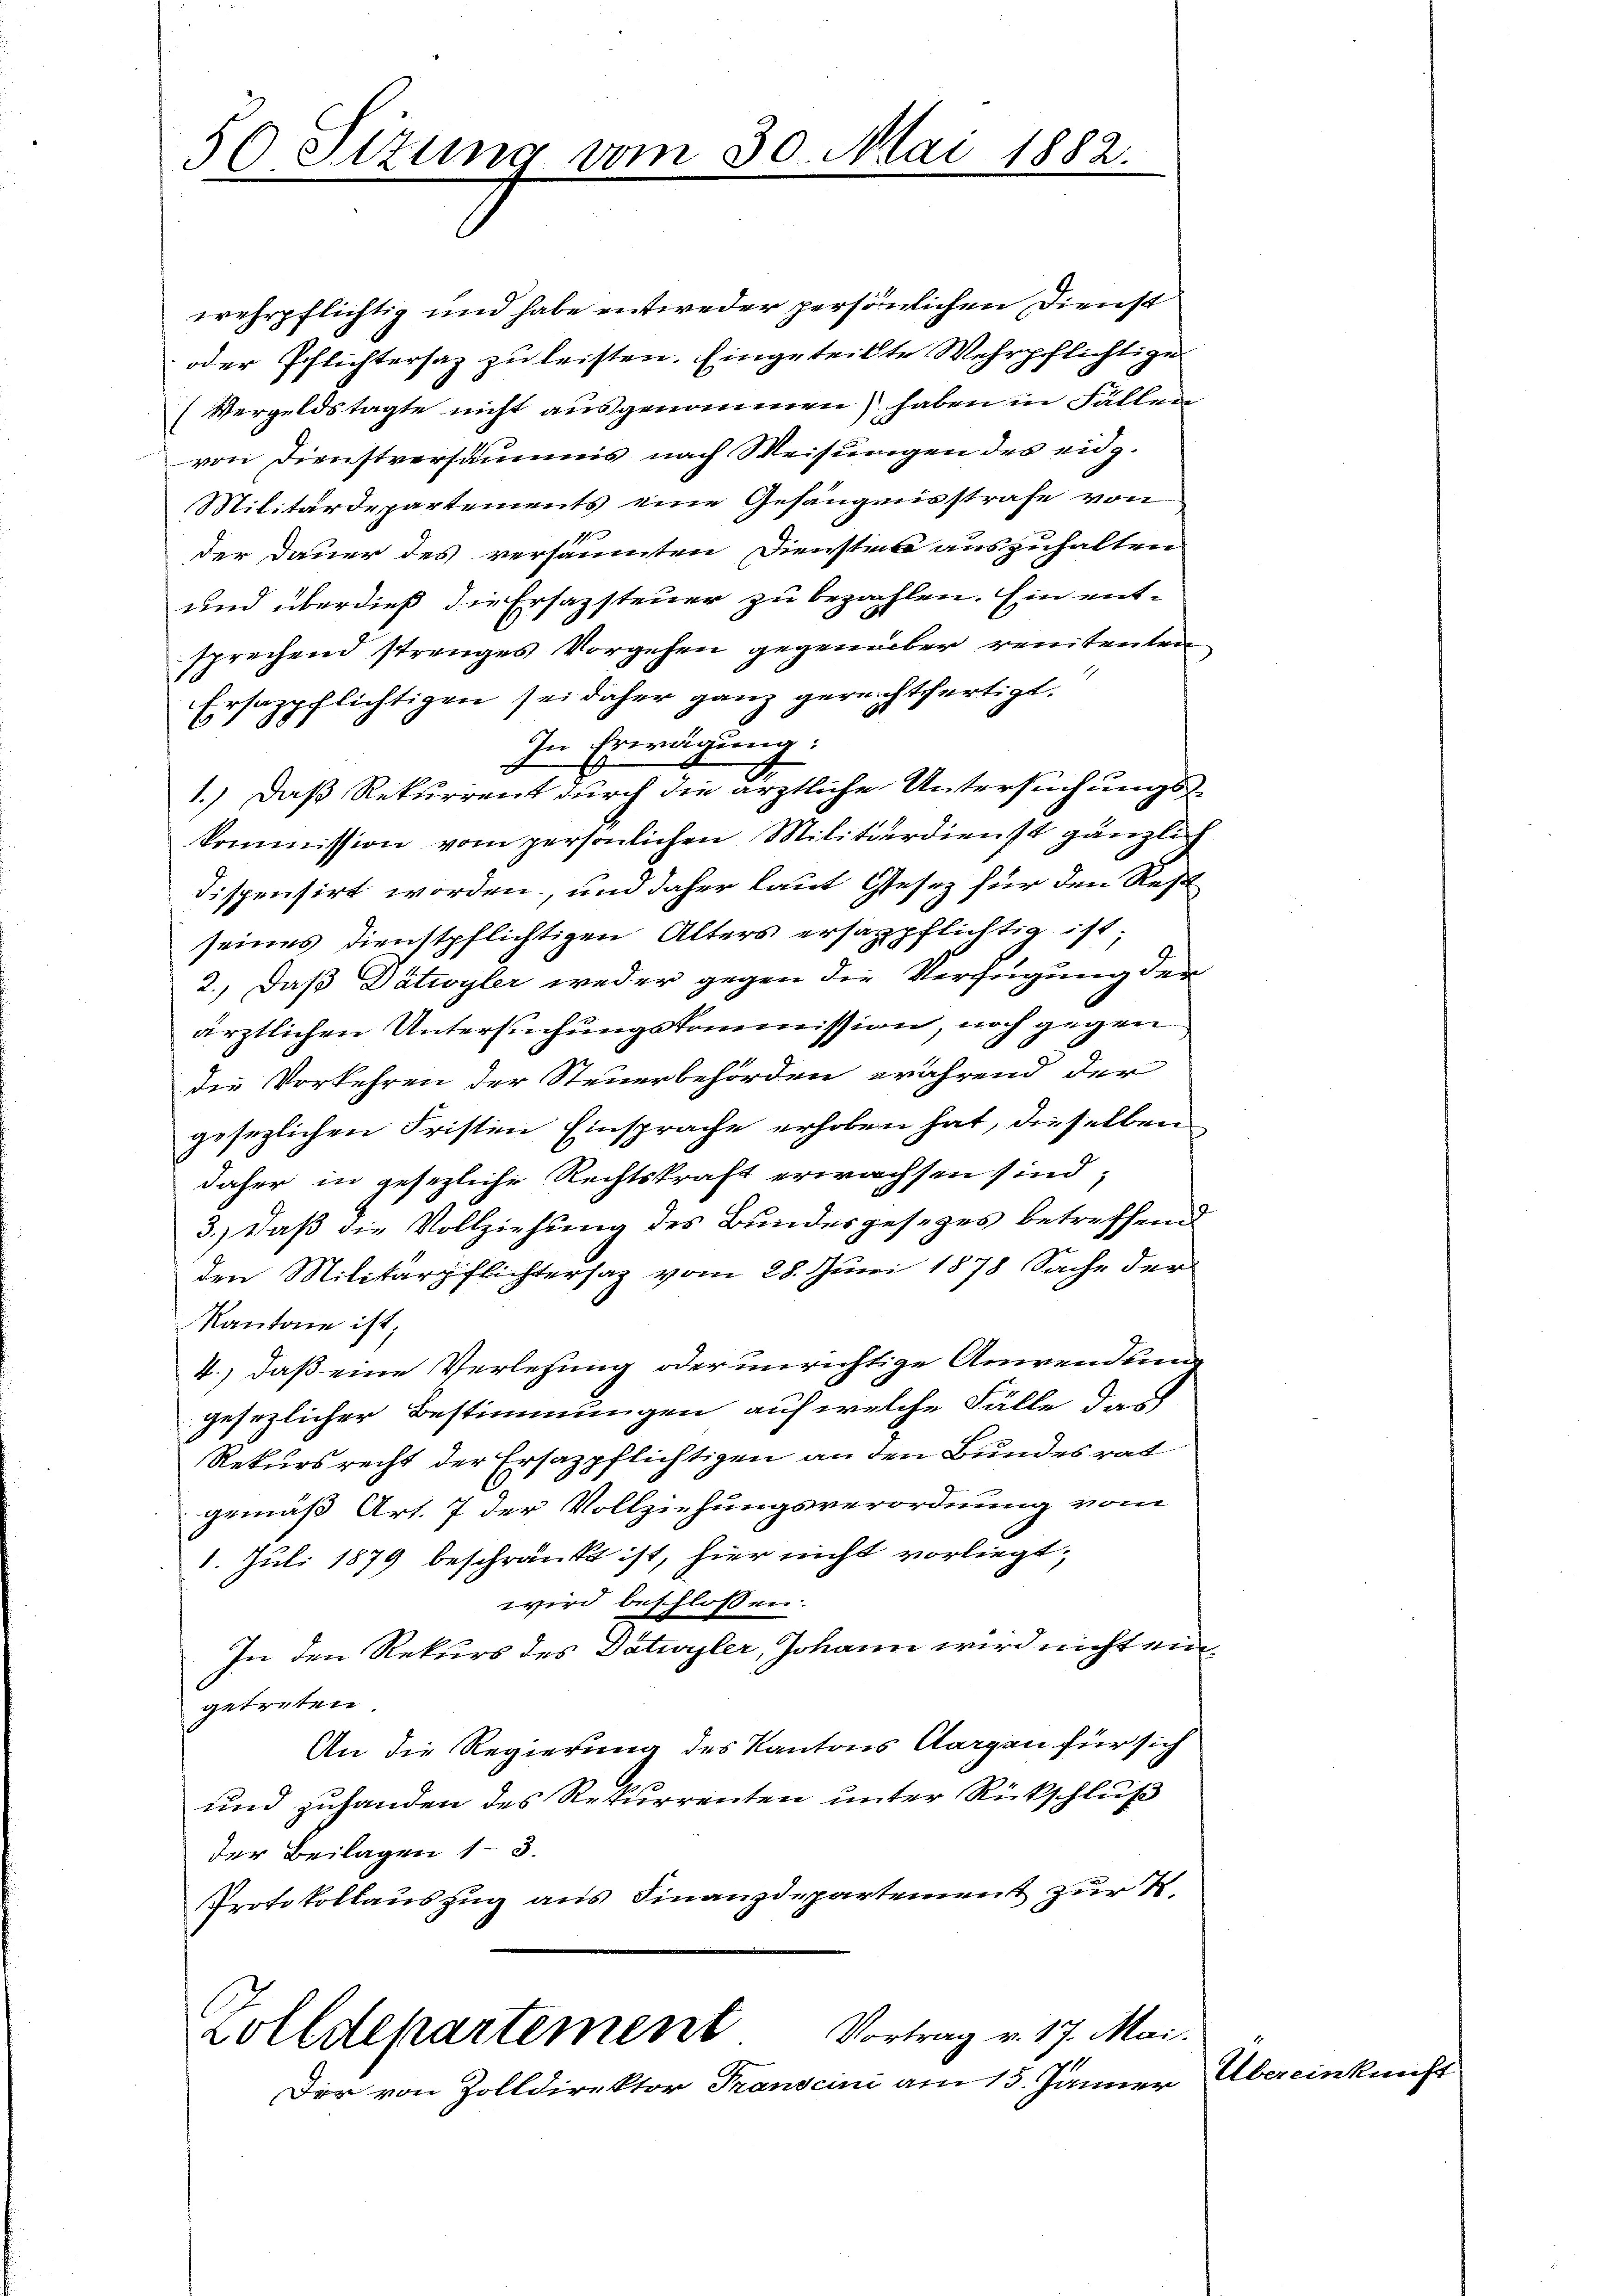
50 Stzung vom 30. Mai 1882.

wehrpflichtig und habe entweder persönlichen Dienst
oder Pflichtersaz zu leisten. Eingeteilte Wehrpflichtige
(Vergeldstagte nicht ausgenommen) haben in Fällen
von Dienstversäumis nach Weisungen des eidg.
Militärdepartements eine Gefängnisstrafe von
d
der Dauer des versäumten Dienstes auszuhalten
und überdieß die Ersazsteuer zu bezahlen. Ein ent-
sprechend strenges Vorgehen gegenüber renitenten
Ersazpflichtigen sei daher ganz gerechtfertigt.
In Erwägung:
d
1.) Daß Rekurrent durch die ärztliche Untersuchungskommission vom persönlichen Militärdienst gänzlich
dispensirt worden, und daher laut Gesez für den Rest
seines Dienstpflichtigen Alters ersagpflichtig ist;
2.) Daß Dätwyler weder gegen die Verfügung der
ärztlichen Untersuchungskommission, noch gegen
die Vorkehren der Steuerbehörden während der
gesezlichen Fristen Einsprache erhoben hat, dieselben
daher in gesezliche Rechtskraft erwachsen sind;
3.) Daß die Vollziehung des Bundesgesetzes betreffend
den Militärpflichtersaz vom 28. Juni 1878 Sache der
Kantone ist;
4.) daß eine Verlesung oder unrichtige Anwendung
gesezlicher Bestimmungen auf welche Fälle das
Rekursrecht der Ersazpflichtigen an den Bundesrat
gemäß Art. 7 der Vollziehungsverordnung vom
1. Juli 1879 beschränkt ist, hier nicht vorliegt,
wird beschlossen:
In den Rekurs des Datwyler, Johann wird nicht eingetreten.
An die Regierung des Kantons Aargau für sich
und zuhanden des Rekurrenten unter Rückschluß
der Beilagen 13.
Protokollauszug aus Finanzdepartement zur K.

Vortrag v. 17. Mai.
Zolldepartement
Der von Zolldirektor Transcini am 15. Jänner Übereinkunft